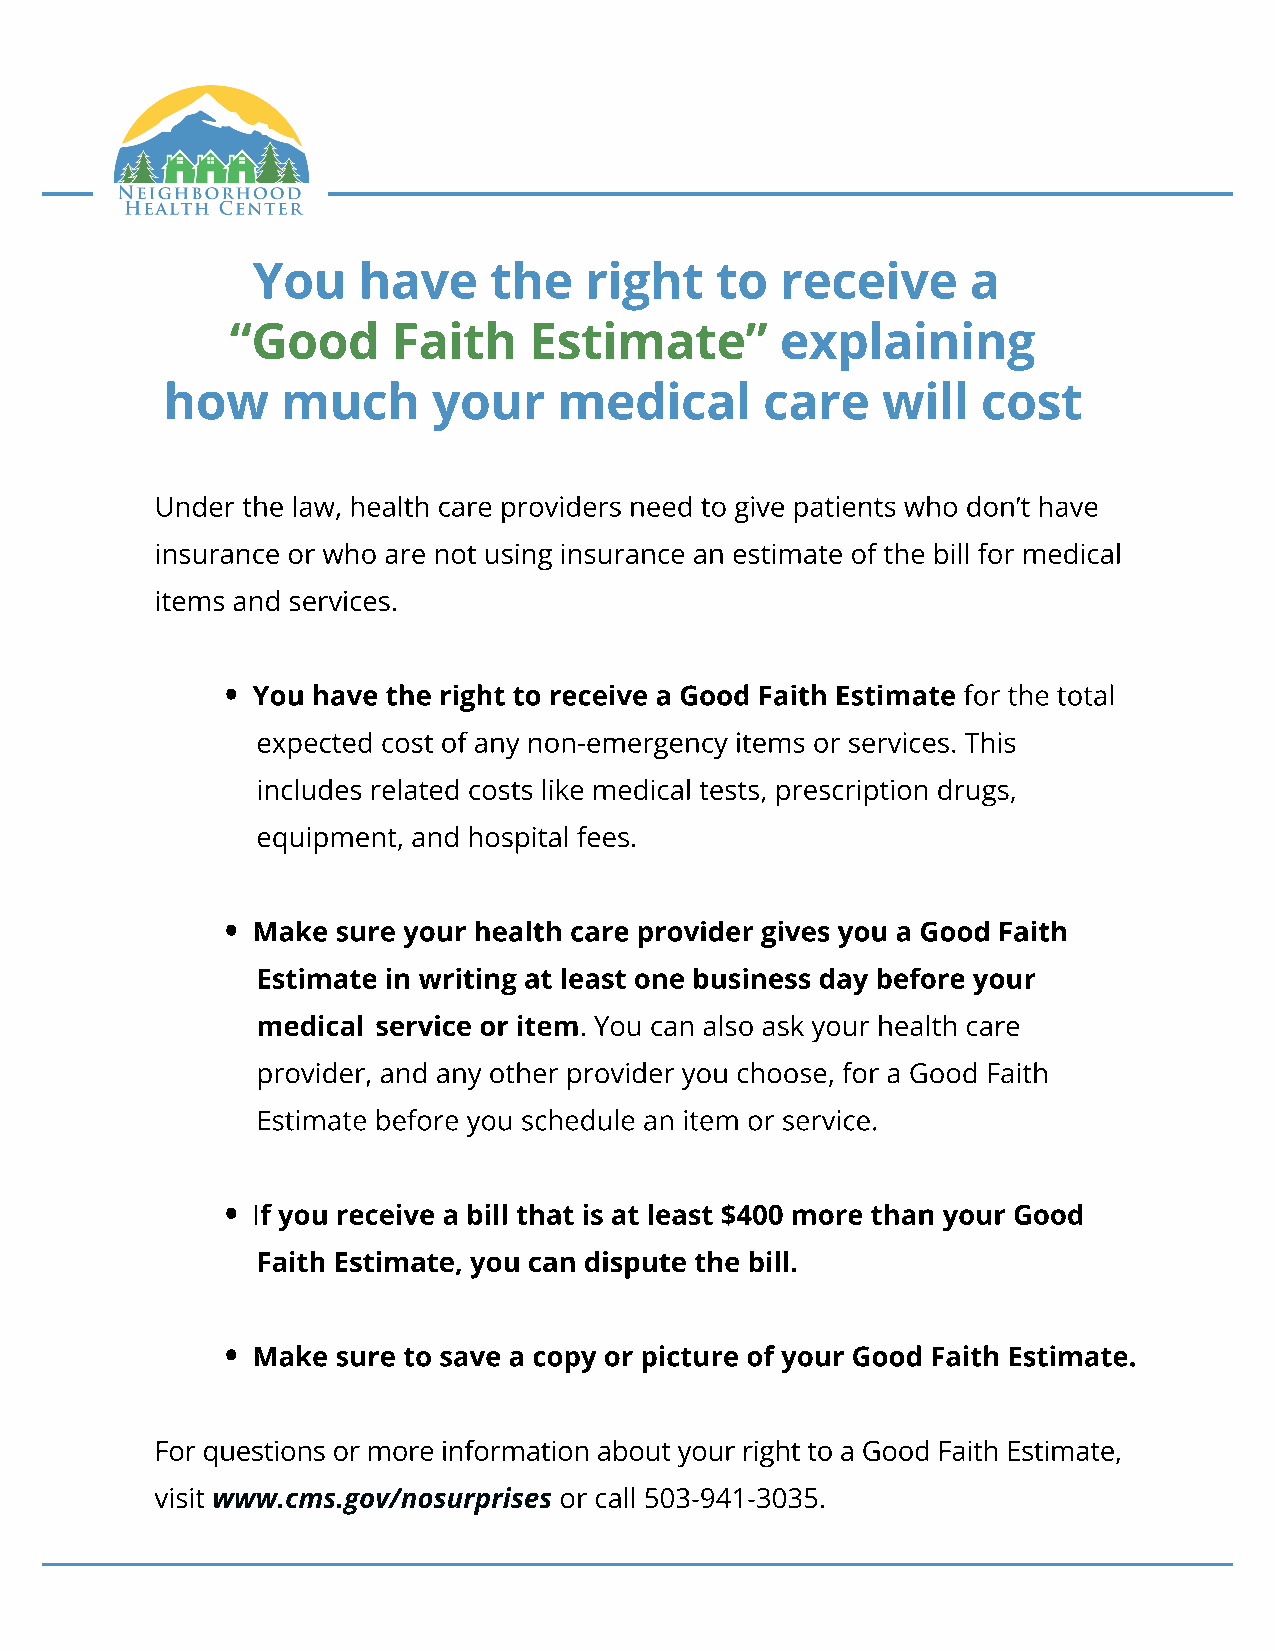
You    have    the    right   to   receive     a
 “Good      Faith    Estimate”        explaining
 how     much      your    medical       care   will   cost
 Under the law, health care providers need to give patients who don’t have
 insurance or who are not using insurance an estimate of the bill for medical
 items and services.
 •
 You have the right to receive a Good Faith Estimate for the total
 expected cost of any non-emergency items or services. This
 includes related costs like medical tests, prescription drugs,
 equipment, and hospital fees.
 •
 Make sure your health care provider gives you a Good Faith
 Estimate in writing at least one business day before your
 medical service or item. You can also ask your health care
 provider, and any other provider you choose, for a Good Faith
 Estimate before you schedule an item or service.
 •
 If you receive a bill that is at least $400 more than your Good
 Faith Estimate, you can dispute the bill.
 •
 Make sure to save a copy or picture of your Good Faith Estimate.
 For questions or more information about your right to a Good Faith Estimate,
 visit www.cms.gov/nosurprises or call 503-941-3035.